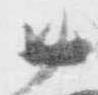
廿